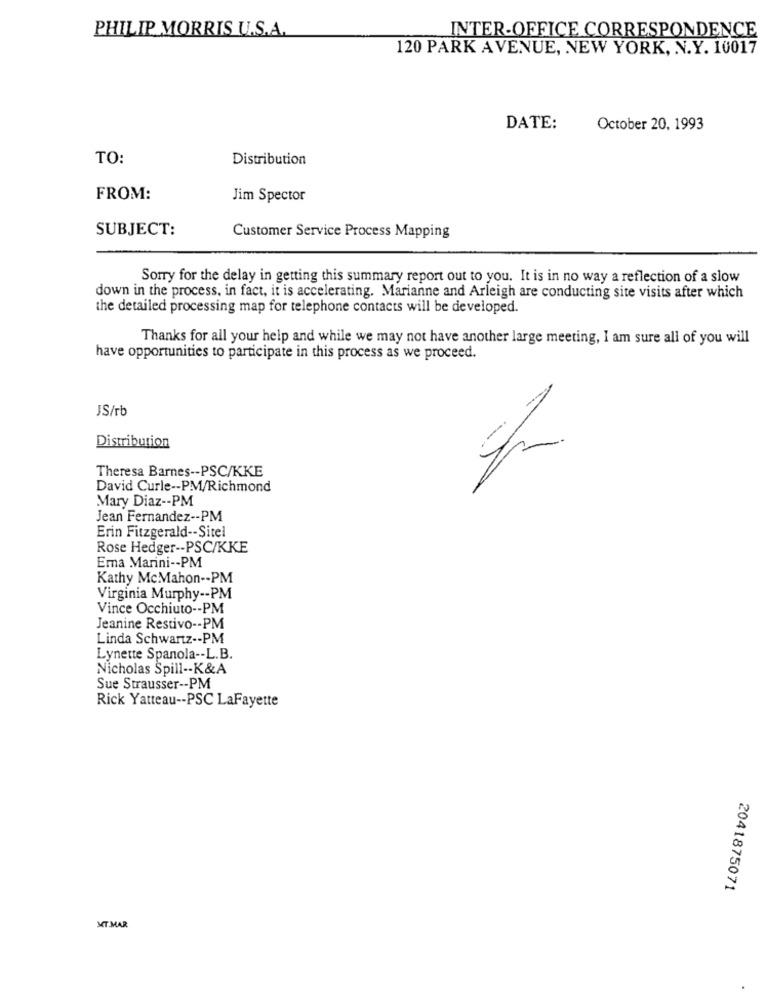
PHILIP MORRIS U.S.A.
INTER-OFFICE CORRESPONDENCE
120 PARK AVENUE, NEW YORK, N.Y. 10017
DATE:
October 20, 1993
TO:
Distribution
FROM:
Jim Spector
SUBJECT:
Customer Service Process Mapping
Sorry for the delay in getting this summary report out to you. It is in no way a reflection of a slow
down in the process, in fact, it is accelerating. Marianne and Arleigh are conducting site visits after which
the detailed processing map for telephone contacts will be developed.
Thanks for all your help and while we may not have another large meeting, I am sure all of you will
have opportunities to participate in this process as we proceed.
JS/rb
Distribution
Theresa Barnes -- PSC/KKE
David Curle -- PM/Richmond
Mary Diaz -- PM
Jean Fernandez -- PM
Erin Fitzgerald -- Sitel
Rose Hedger -- PSC/KKE
Ema Marini -- PM
Kathy McMahon -- PM
Virginia Murphy -- PM
Vince Occhiuto -- PM
Jeanine Restivo -- PM
Linda Schwartz -- PM
Lynette Spanola -- L.B.
Nicholas Spill -- K&A
Sue Strausser -- PM
Rick Yatteau -- PSC LaFayette
2041875071
MT.MAR